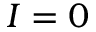
I = 0